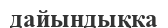
дайындықка